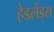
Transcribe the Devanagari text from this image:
हेडलैंड्स